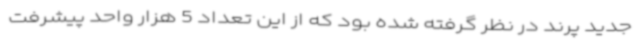
جدید پرند در نظر گرفته شده بود که از این تعداد 5 هزار واحد پیشرفت